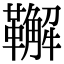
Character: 𩍝